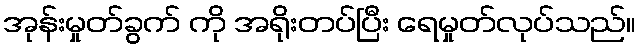
အုန်းမှုတ်ခွက် ကို အရိုးတပ်ပြီး ရေမှုတ်လုပ်သည်။